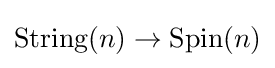
\operatorname {String} (n)\to \operatorname {Spin} (n)